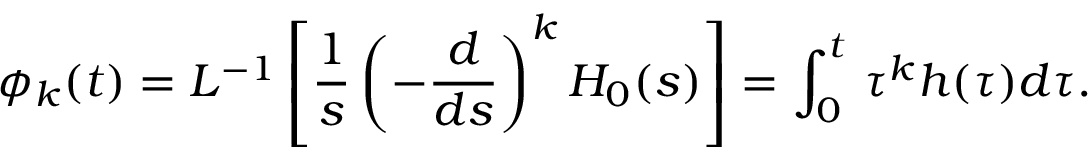
\phi _ { k } ( t ) = { \cal { L } } ^ { - 1 } \left[ \frac { 1 } { s } \left( - \frac { d } { d s } \right) ^ { k } H _ { 0 } ( s ) \right] = \int _ { 0 } ^ { t } \, \tau ^ { k } h ( \tau ) d \tau .